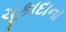
ચૂકાદાના